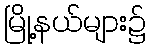
မြို့နယ်များ၌